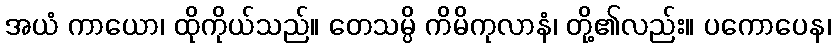
အယံ ကာယော၊ ထိုကိုယ်သည်။ တေသမ္ပိ ကိမိကုလာနံ၊ တို့၏လည်း။ ပကောပေန၊